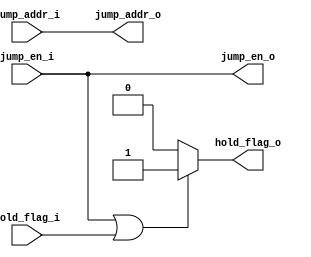
`timescale 1ns / 1ps
//////////////////////////////////////////////////////////////////////////////////
// Company: 
// Engineer: 
// 
// Design Name: 
// Module Name: jump_ctrl
// Project Name: 
// Target Devices: 
// Tool Versions: 
// Description: 
// 
// Dependencies: 
// 
// Revision:
// Revision 0.01 - File Created
// Additional Comments:
// 
//////////////////////////////////////////////////////////////////////////////////


module jump_ctrl(
        input  wire [31:0] jump_addr_i,
        input  wire jump_en_i  ,
        input  wire hold_flag_i ,
        
        output reg [31:0] jump_addr_o,
        output reg jump_en_o  ,
        output reg hold_flag_o 
    );
    
    always@(*)
    begin
        jump_addr_o = jump_addr_i;
        jump_en_o = jump_en_i;
        if(jump_en_i || hold_flag_i)
            hold_flag_o = 1'b1;
        else
            hold_flag_o = 1'b0;
    end
endmodule